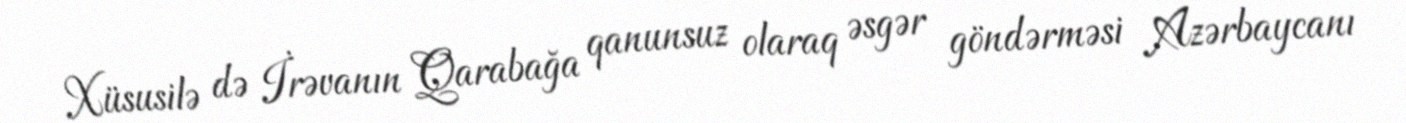
Xüsusilə də İrəvanın Qarabağa qanunsuz olaraq əsgər göndərməsi Azərbaycanı